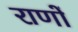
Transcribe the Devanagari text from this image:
राणों